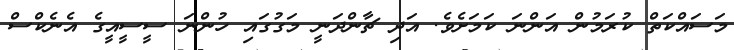
މަސައްކަތް ކުރަމުން އަންނަ ކަމަށެވެ. އަދި ޗާންދަނީ މަގުގައި ހުންނަ ސީސީއީގެ އެނެކްސް